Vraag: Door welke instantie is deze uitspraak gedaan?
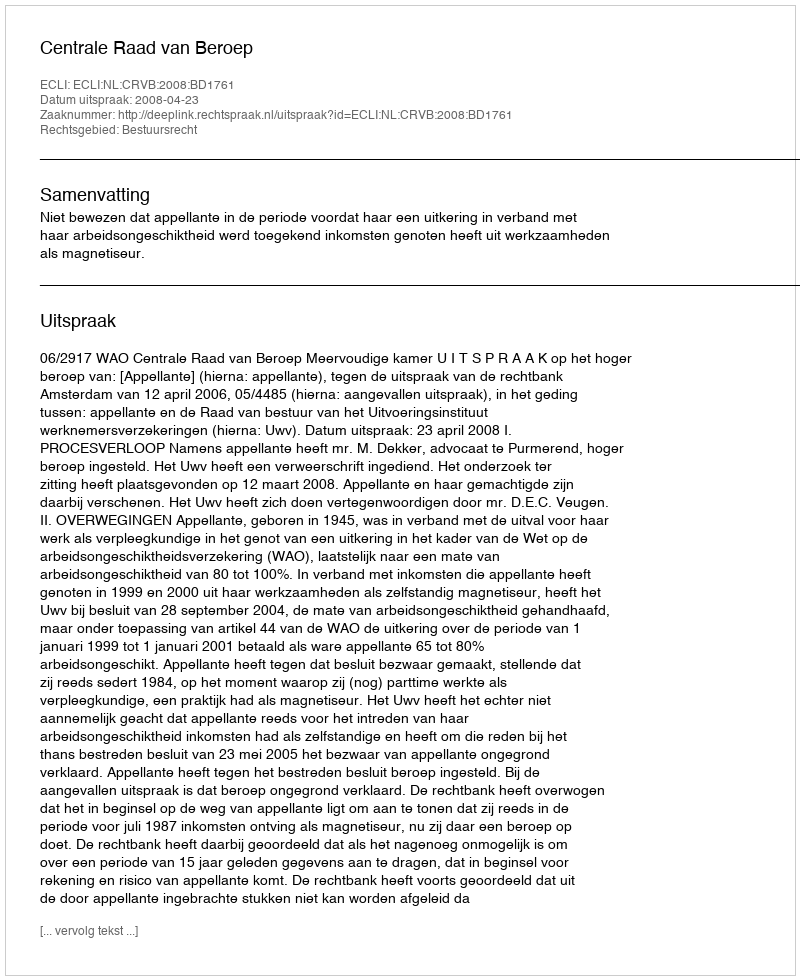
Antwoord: Centrale Raad van Beroep